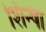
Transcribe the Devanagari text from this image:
शिन्षा